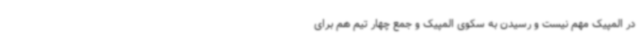
در المپیک مهم نیست و رسیدن به سکوی المپیک و جمع چهار تیم هم برای